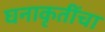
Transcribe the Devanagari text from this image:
घनाकृतींचा